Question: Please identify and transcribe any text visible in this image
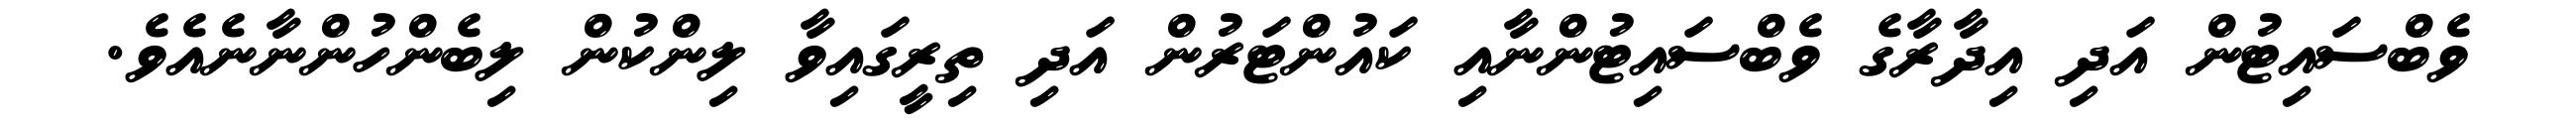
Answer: ވެބްސައިޓުން އަދި އިދާރާގެ ވެބްސައިޓުންނާއި ކައުންޓަރުން އަދި ތިރީގައިވާ ލިންކުން ލިބެންހުންނާނެއެވެ.